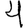
Digit: 4